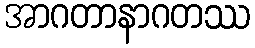
အာဂတာနာဂတဿ